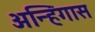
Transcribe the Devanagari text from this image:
अन्हिंगास